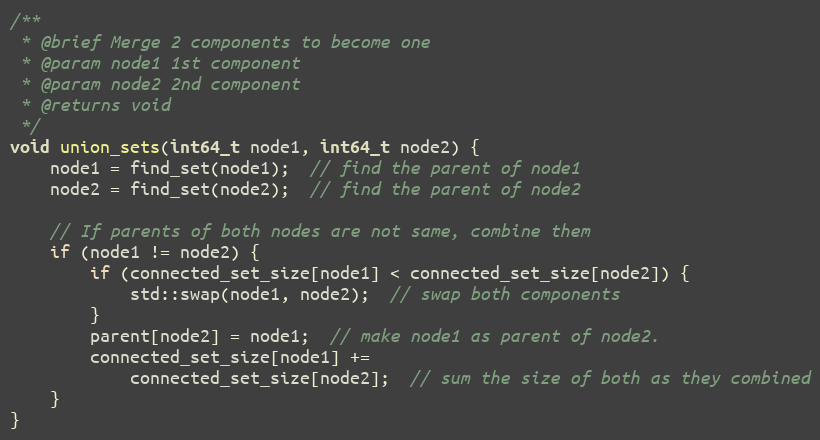
Language: C++
/**
 * @brief Merge 2 components to become one
 * @param node1 1st component
 * @param node2 2nd component
 * @returns void
 */
void union_sets(int64_t node1, int64_t node2) {
    node1 = find_set(node1);  // find the parent of node1
    node2 = find_set(node2);  // find the parent of node2

    // If parents of both nodes are not same, combine them
    if (node1 != node2) {
        if (connected_set_size[node1] < connected_set_size[node2]) {
            std::swap(node1, node2);  // swap both components
        }
        parent[node2] = node1;  // make node1 as parent of node2.
        connected_set_size[node1] +=
            connected_set_size[node2];  // sum the size of both as they combined
    }
}